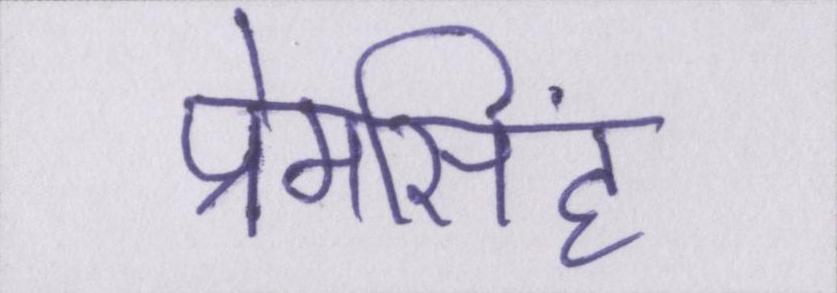
प्रेमसिंह